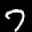
Label: 7